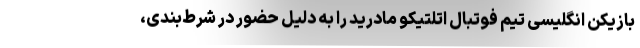
بازیکن انگلیسی تیم فوتبال اتلتیکو مادرید را به دلیل حضور در شرط‌بندی،